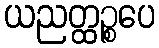
ယညတ္ထဉ္စပေ